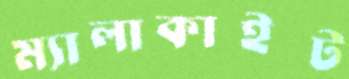
ম্যালাকাইট